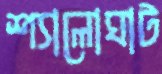
শ্যালোঘাট